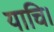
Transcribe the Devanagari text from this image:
याचि।